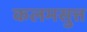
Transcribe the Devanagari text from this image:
कलमसुत्त